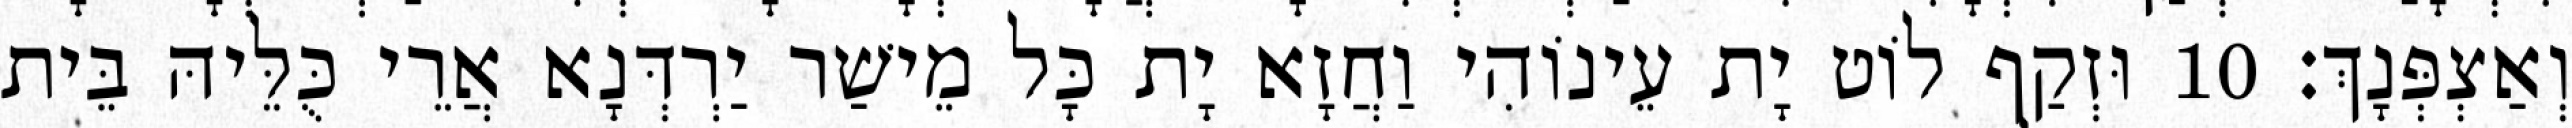
וְאַצְפְּנָךְ׃ 10 וּזְקַף לוֹט יָת עֵינוֹהִי וַחֲזָא יָת כָּל מֵישַׁר יַרְדְּנָא אֲרֵי כֻּלֵּיהּ בֵּית